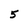
Character: 5